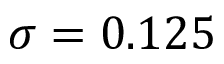
\sigma = 0 . 1 2 5